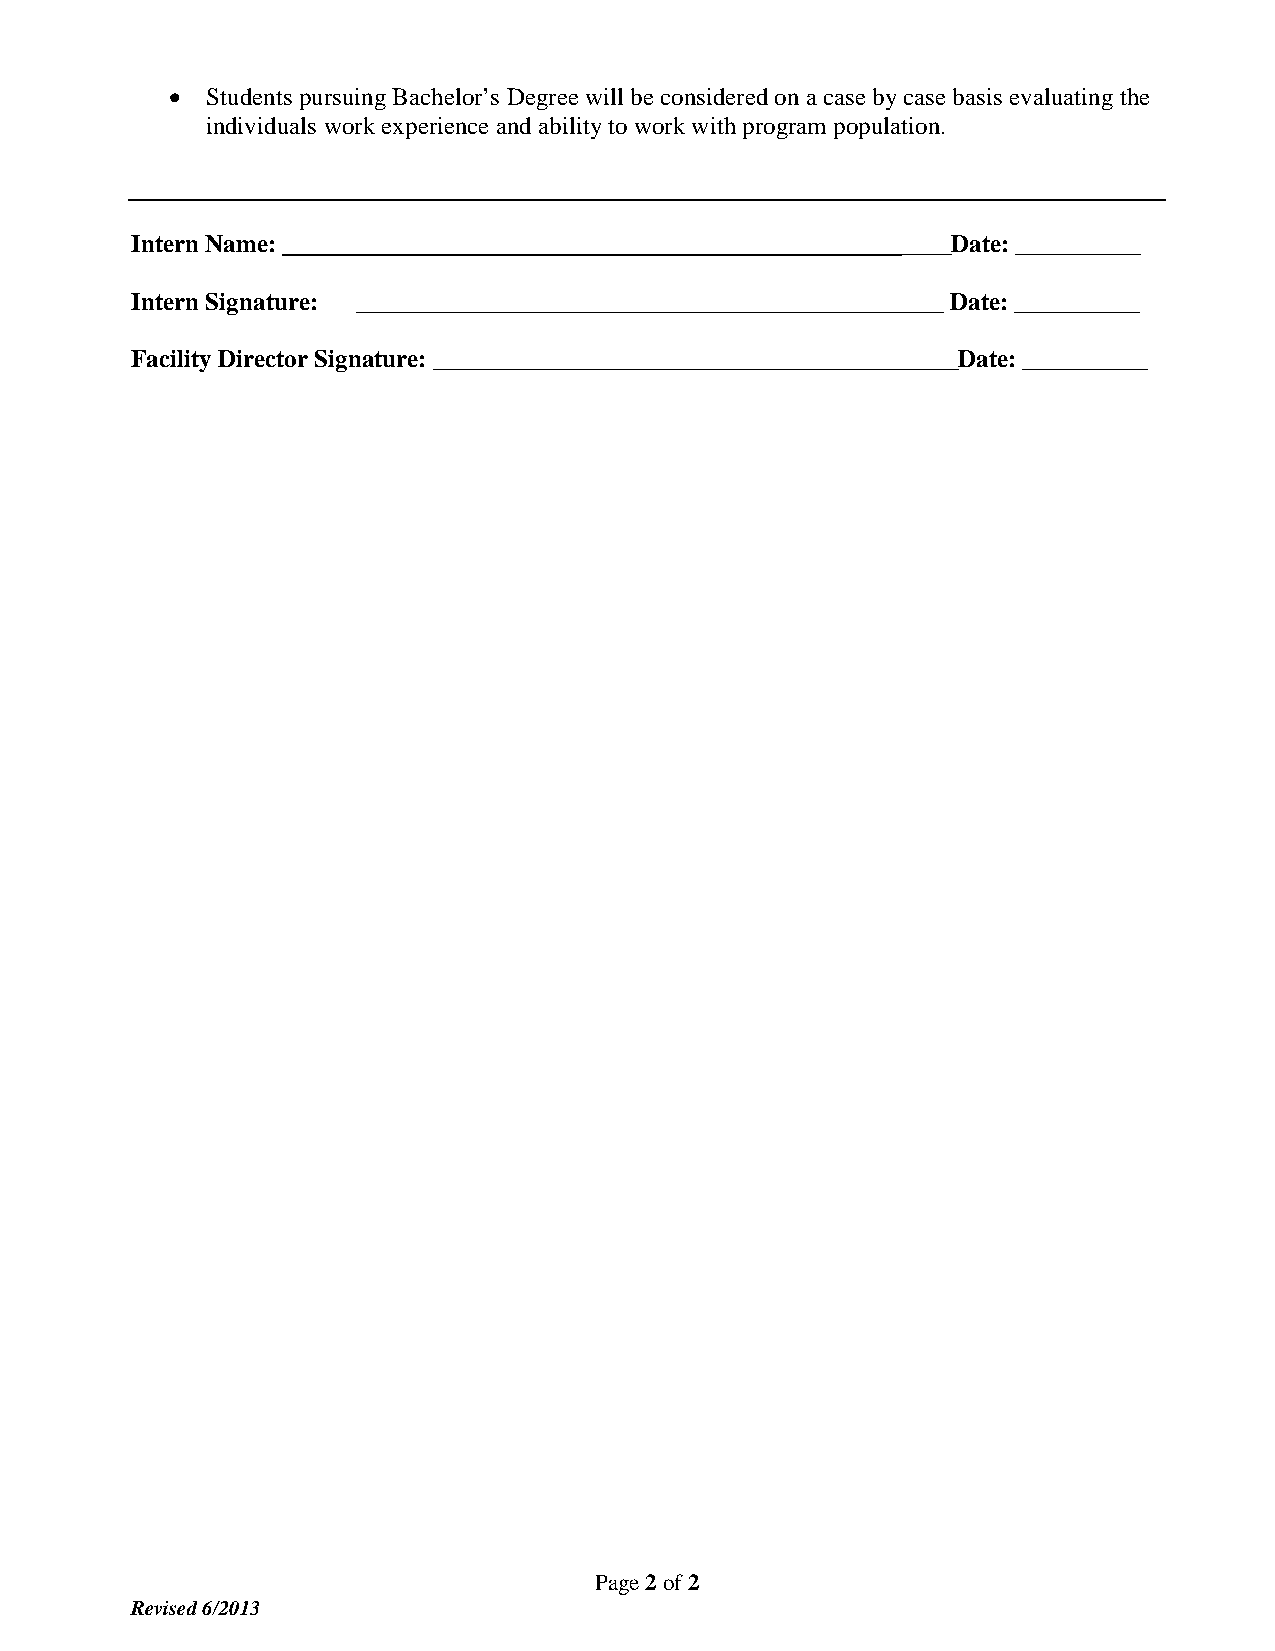
•  Students pursuing Bachelor’s Degree will be considered on a case by case basis evaluating the
 individuals work experience and ability to work with program population.
 Intern Name: _______________                       ____Date: __________
 Intern Signature: _______________________________________________ Date: __________
 Facility Director Signature: __________________________________________Date: __________
 Page 2 of 2
 Revised 6/2013